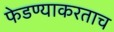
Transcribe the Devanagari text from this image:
फेडण्याकरताच